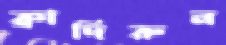
ক্বাদিরুন